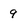
Character: 9